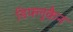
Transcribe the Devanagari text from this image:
डिफ्लूकैन